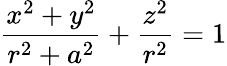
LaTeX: {\frac{x^{2}+y^{2}}{r^{2}+a^{2}}}+{\frac{z^{2}}{r^{2}}}=1